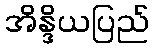
အိန္ဒိယပြည်